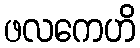
ဖလကေဟိ